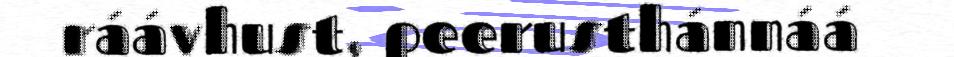
ráávhust, peerusthánnáá